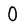
Character: 0